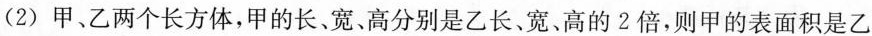
（2）甲、乙两个长方体，甲的长、宽、高分别是乙长、宽、高的2倍，则甲的表面积是乙